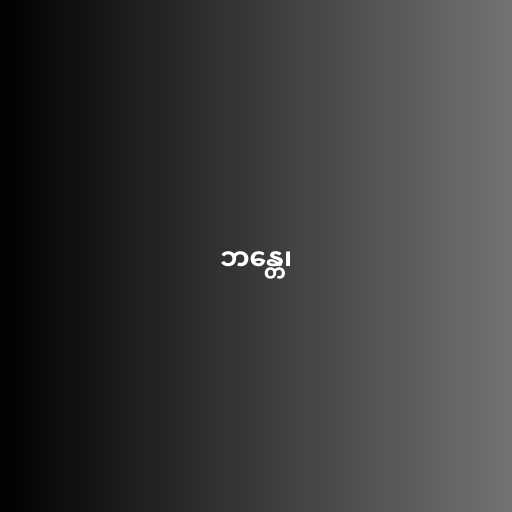
ဘန္တေ၊